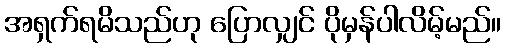
အရှက်ရမိသည်ဟု ပြောလျှင် ပိုမှန်ပါလိမ့်မည်။